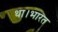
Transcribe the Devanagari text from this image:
था।भारत